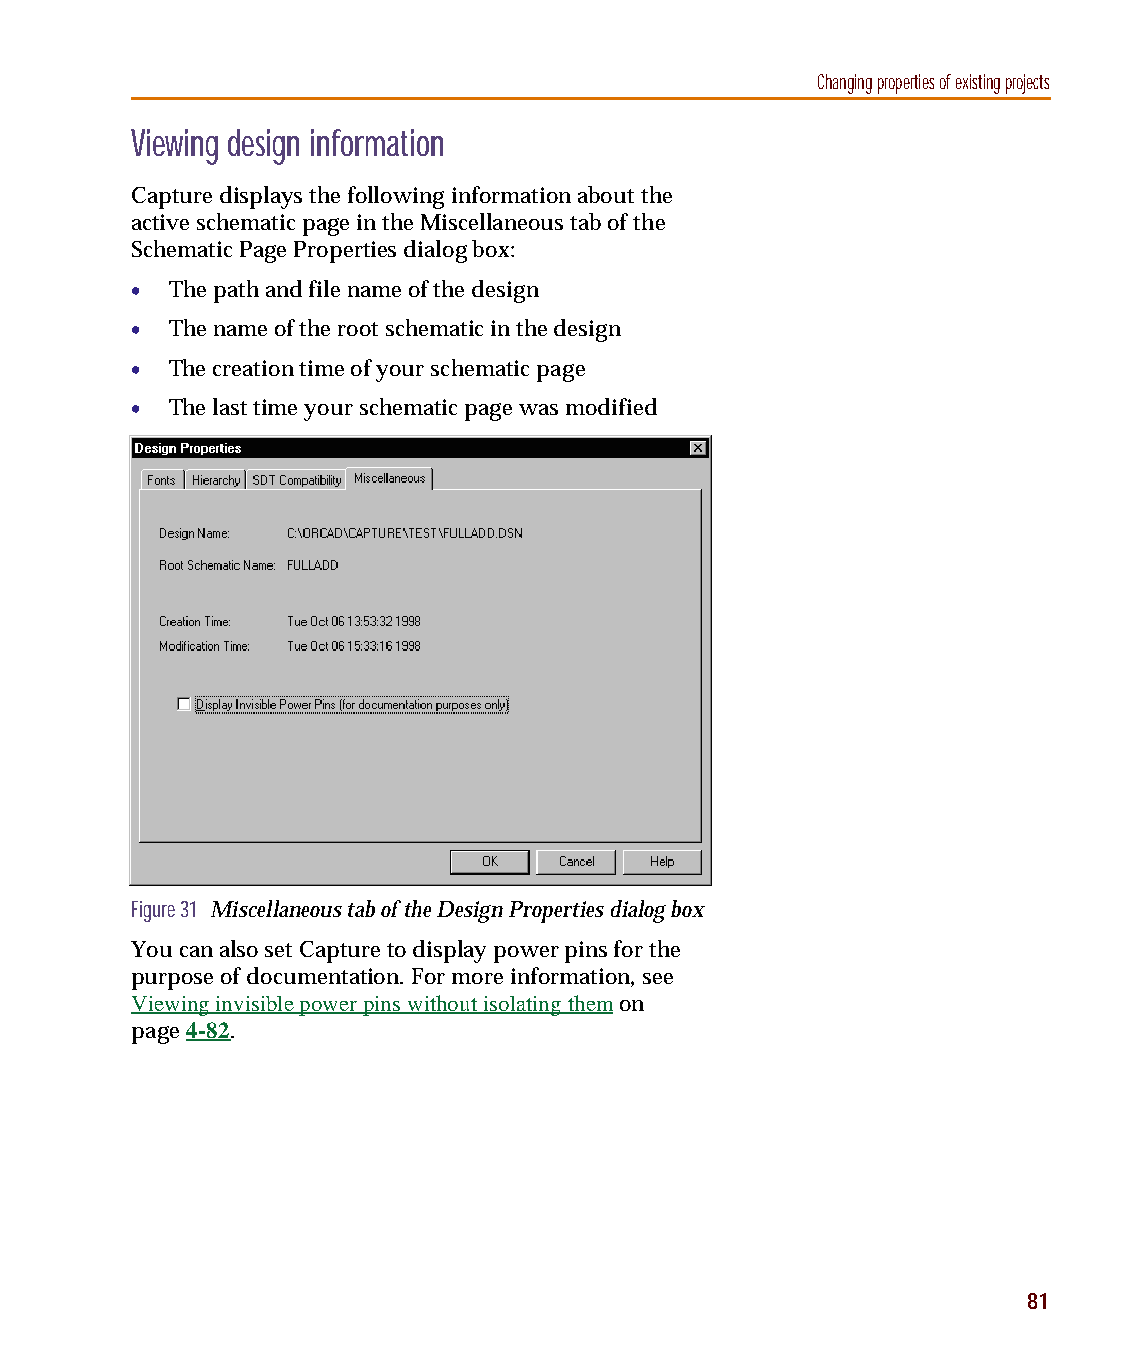
capug.book Page 81 Thursday, November 12, 1998 3:38 PM
 Changing properties of existing projects
 Viewing design information
 Capture displays the following information about the
 active schematic page in the Miscellaneous tab of the
 Schematic Page Properties dialog box:
 • The path and file name of the design
 • The name of the root schematic in the design
 • The creation time of your schematic page
 • The last time your schematic page was modified
 Figure 31 Miscellaneous tab of the Design Properties dialog box
 You can also set Capture to display power pins for the
 purpose of documentation. For more information, see
 Viewing invisible power pins without isolating them on
 page4-82.
 81